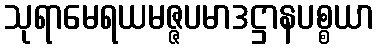
သုရာမေရယမဇ္ဇပမာဒဋ္ဌာနပစ္စယာ